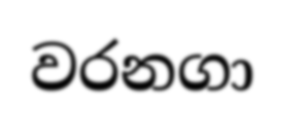
වරනගා